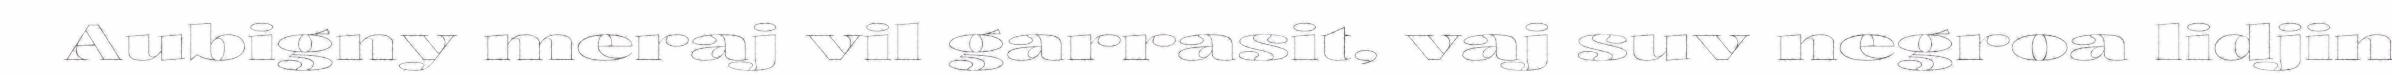
Aubigny meraj vil garrasit, vaj suv negroa lidjin